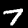
Digit: 7